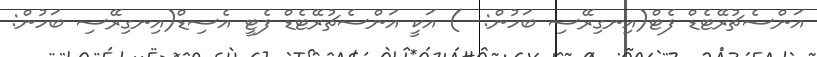
އަންސެޗުރޭޓެޑް ފެޓް(އިނގިރޭސި ބަހުން:  ) އަކީ އަންސެޗުރޭޓެޑް ފެޓީ އެސިޑް(އިނގިރޭސި ބަހުން: